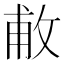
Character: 𢽊